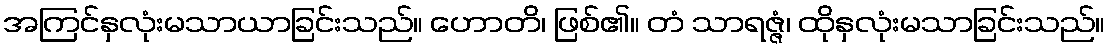
အကြင်နှလုံးမသာယာခြင်းသည်။ ဟောတိ၊ ဖြစ်၏။ တံ သာရဇ္ဇံ၊ ထိုနှလုံးမသာခြင်းသည်။